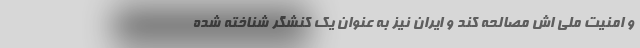
و امنیت ملی اش مصالحه کند و ایران نیز به عنوان یک کنشگر شناخته شده